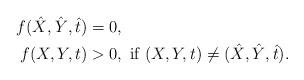
LaTeX: \begin{align*} f(\hat X, \hat Y, \hat t) &= 0, \\ f(X,Y,t) &> 0, \textrm{ if } (X,Y,t) \neq (\hat X, \hat Y, \hat t).\end{align*}